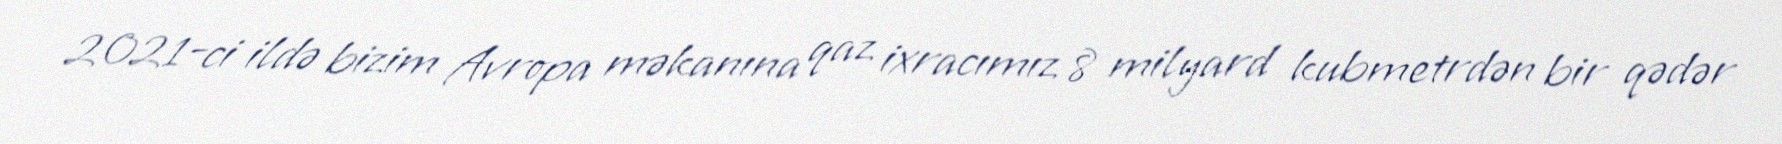
2021-ci ildə bizim Avropa məkanına qaz ixracımız 8 milyard kubmetrdən bir qədər